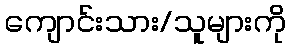
ကျောင်းသား/သူများကို